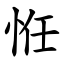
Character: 㤛